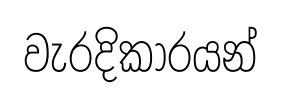
වැරදිකාරයන්